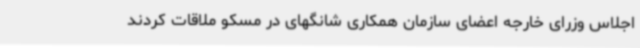
اجلاس وزرای خارجه اعضای سازمان همکاری شانگهای در مسکو ملاقات کردند